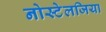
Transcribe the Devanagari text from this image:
नोस्‍टेलजिया